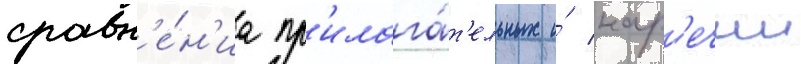
сравн'е́н'иа пр'илага́т'ельных и́ нар'ечии